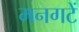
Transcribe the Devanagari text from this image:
मनगटें